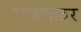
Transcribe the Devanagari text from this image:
रांजणकर